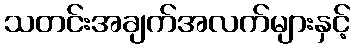
သတင်းအချက်အလက်များနှင့်